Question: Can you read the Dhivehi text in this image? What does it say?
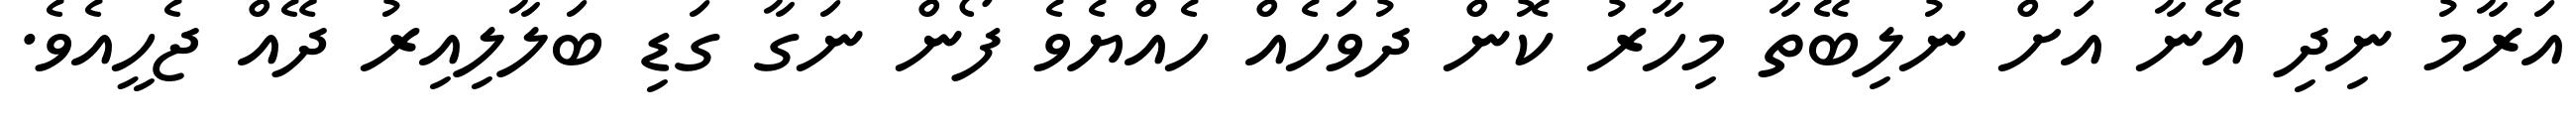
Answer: އަރާމު ނިދި އޭނާ އަށް ނުލިބޭތާ މިހާރު ކޮން ދުވަހެއް ހެއްޔެވެ ފޯން ނަގާ ގަޑި ބަލާލިއިރު ދޭއް ޖެހީއެވެ.